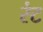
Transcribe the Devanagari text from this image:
रंट